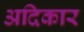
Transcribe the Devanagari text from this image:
अदिकार